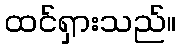
ထင်ရှားသည်။